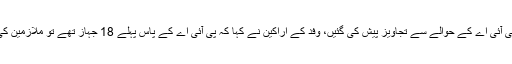
بعد ازاں احسن اقبال سے ملاقات میں پی آئی اے کی یونین کے وفد کی جانب سے کمیٹی کو پی آئی اے کے حوالے سے تجاویز پیش کی گئیں، وفد کے اراکین نے کہا کہ پی آئی اے کے پاس پہلے 18 جہاز تھے تو ملازمین کی تنخواہیں وقت پر آجاتی تھیں اب 31 سے زائد جہاز ہوگئے ہیں تنخواہ وقت پر ادا نہیں ہوتی۔